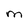
Character: M